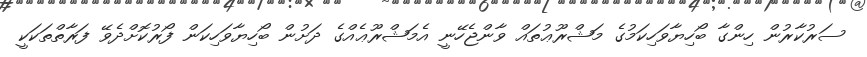
ސަރުކާރުން ހިންގާ ބޯހިޔާވަހިކަމުގެ މަޝްރޫޢުތައް ވާންޖެހޭނީ އެމަޝްރޫޢެއްގެ ދަށުން ބޯހިޔާވަހިކަން ފޯރުކޮށްދެވޭ ފަރާތްތަކަކީ